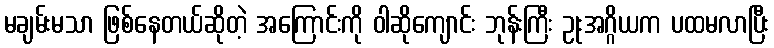
မချမ်းမသာ ဖြစ်နေတယ်ဆိုတဲ့ အကြောင်းကို ဝါဆိုကျောင်း ဘုန်းကြီး ဥုးအဂ္ဂိယက ပထမလာပြီး